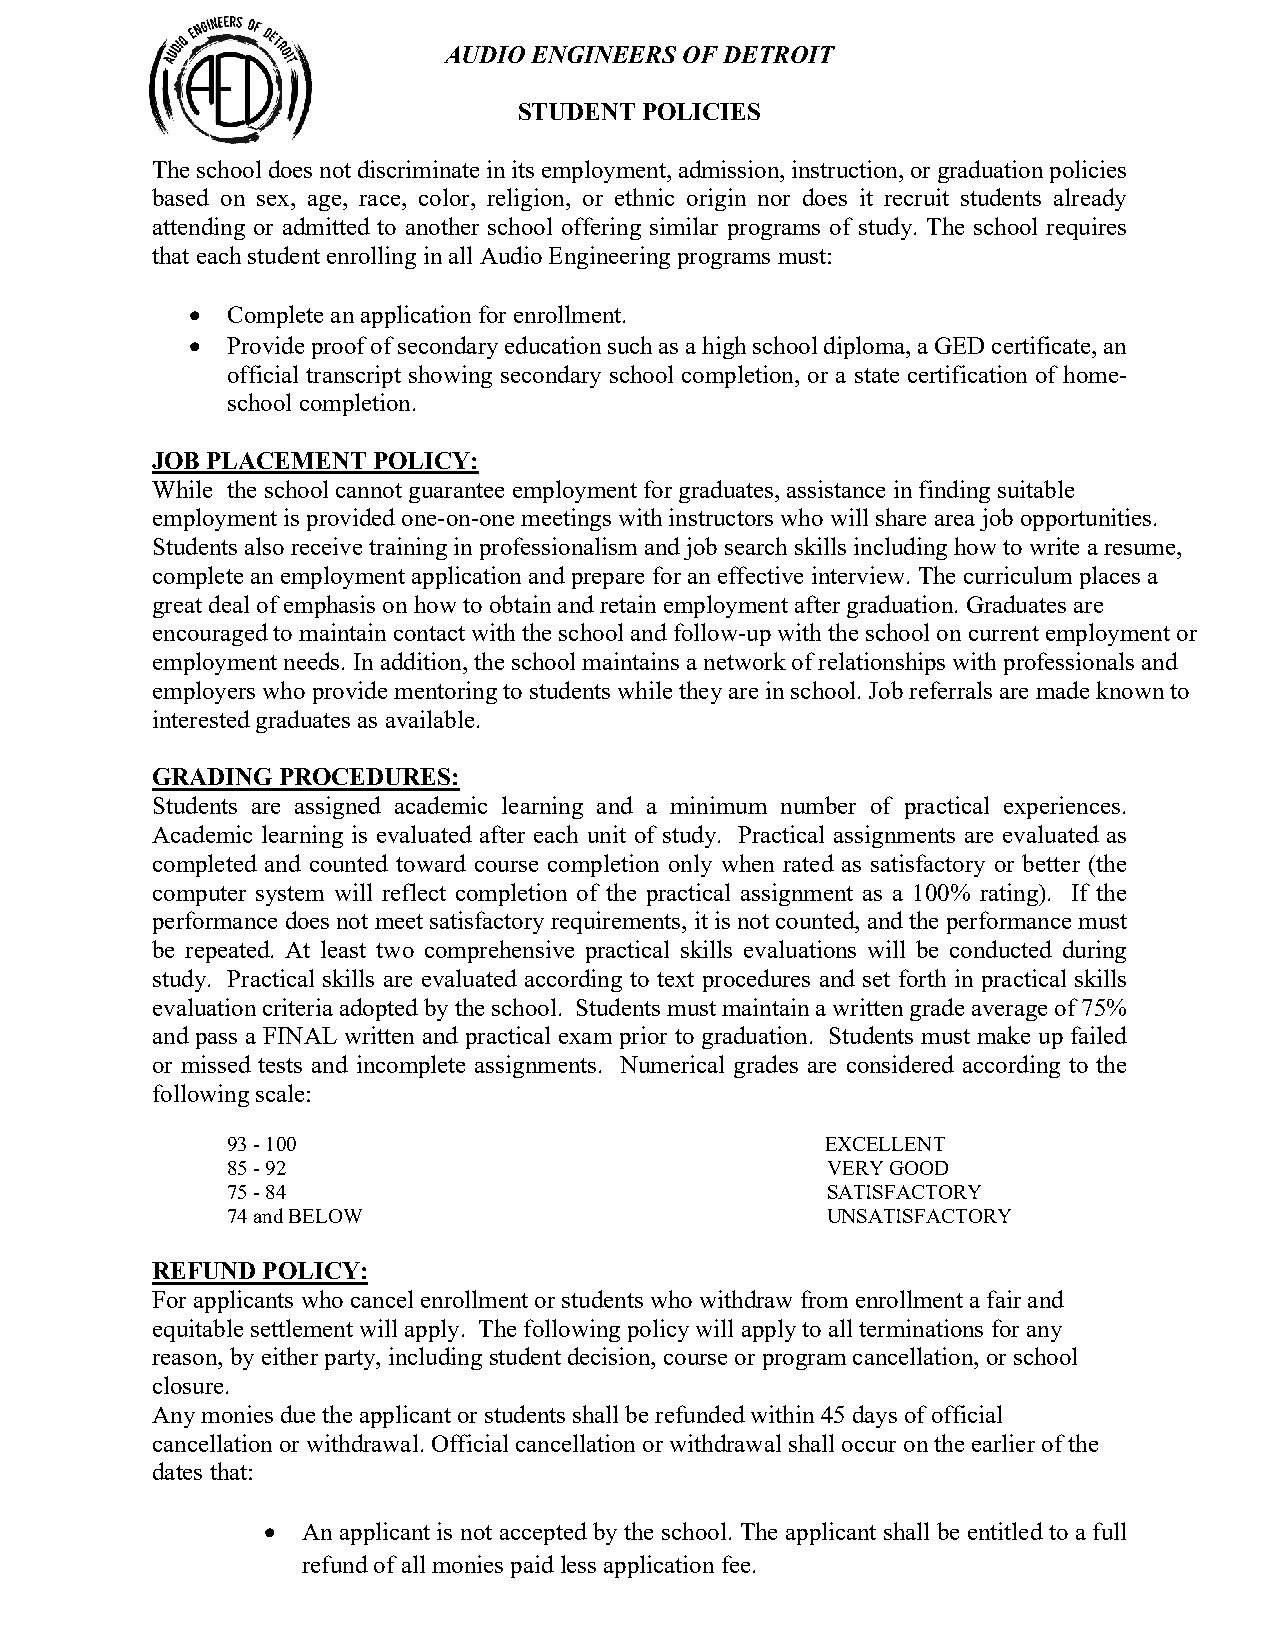
AUDIO ENGINEERS OF DETROIT
 STUDENT POLICIES
 The school does not discriminate in its employment, admission, instruction, or graduation policies
 based on sex, age, race, color, religion, or ethnic origin nor does it recruit students already
 attending or admitted to another school offering similar programs of study. The school requires
 that each student enrolling in all Audio Engineering programs must:
 • Complete an application for enrollment.
 • Provide proof of secondary education such as a high school diploma, a GED certificate, an
 official transcript showing secondary school completion, or a state certification of home-
 school completion.
 JOB PLACEMENT  POLICY:
 While the school cannot guarantee employment for graduates, assistance in finding suitable
 employment is provided one-on-one meetings with instructors who will share area job opportunities.
 Students also receive training in professionalism and job search skills including how to write a resume,
 complete an employment application and prepare for an effective interview. The curriculum places a
 great deal of emphasis on how to obtain and retain employment after graduation. Graduates are
 encouraged to maintain contact with the school and follow-up with the school on current employment or
 employment needs. In addition, the school maintains a network of relationships with professionals and
 employers who provide mentoring to students while they are in school. Job referrals are made known to
 interested graduates as available.
 GRADING PROCEDURES:
 Students are assigned academic learning and a minimum number of practical experiences.
 Academic learning is evaluated after each unit of study. Practical assignments are evaluated as
 completed and counted toward course completion only when rated as satisfactory or better (the
 computer system will reflect completion of the practical assignment as a 100% rating). If the
 performance does not meet satisfactory requirements, it is not counted, and the performance must
 be repeated. At least two comprehensive practical skills evaluations will be conducted during
 study. Practical skills are evaluated according to text procedures and set forth in practical skills
 evaluation criteria adopted by the school. Students must maintain a written grade average of 75%
 and pass a FINAL written and practical exam prior to graduation. Students must make up failed
 or missed tests and incomplete assignments. Numerical grades are considered according to the
 following scale:
 93 - 100                                EXCELLENT
 85 - 92                                 VERY GOOD
 75 - 84                                 SATISFACTORY
 74 and BELOW                            UNSATISFACTORY
 REFUND POLICY:
 For applicants who cancel enrollment or students who withdraw from enrollment a fair and
 equitable settlement will apply. The following policy will apply to all terminations for any
 reason, by either party, including student decision, course or program cancellation, or school
 closure.
 Any monies due the applicant or students shall be refunded within 45 days of official
 cancellation or withdrawal. Official cancellation or withdrawal shall occur on the earlier of the
 dates that:
 • An applicant is not accepted by the school. The applicant shall be entitled to a full
 refund of all monies paid less application fee.